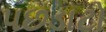
પછડાટો